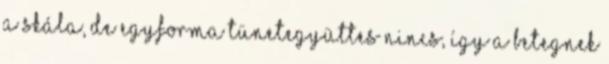
a skála, de egyforma tünetegyüttes nincs, így a betegnek